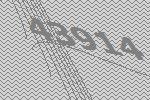
43914